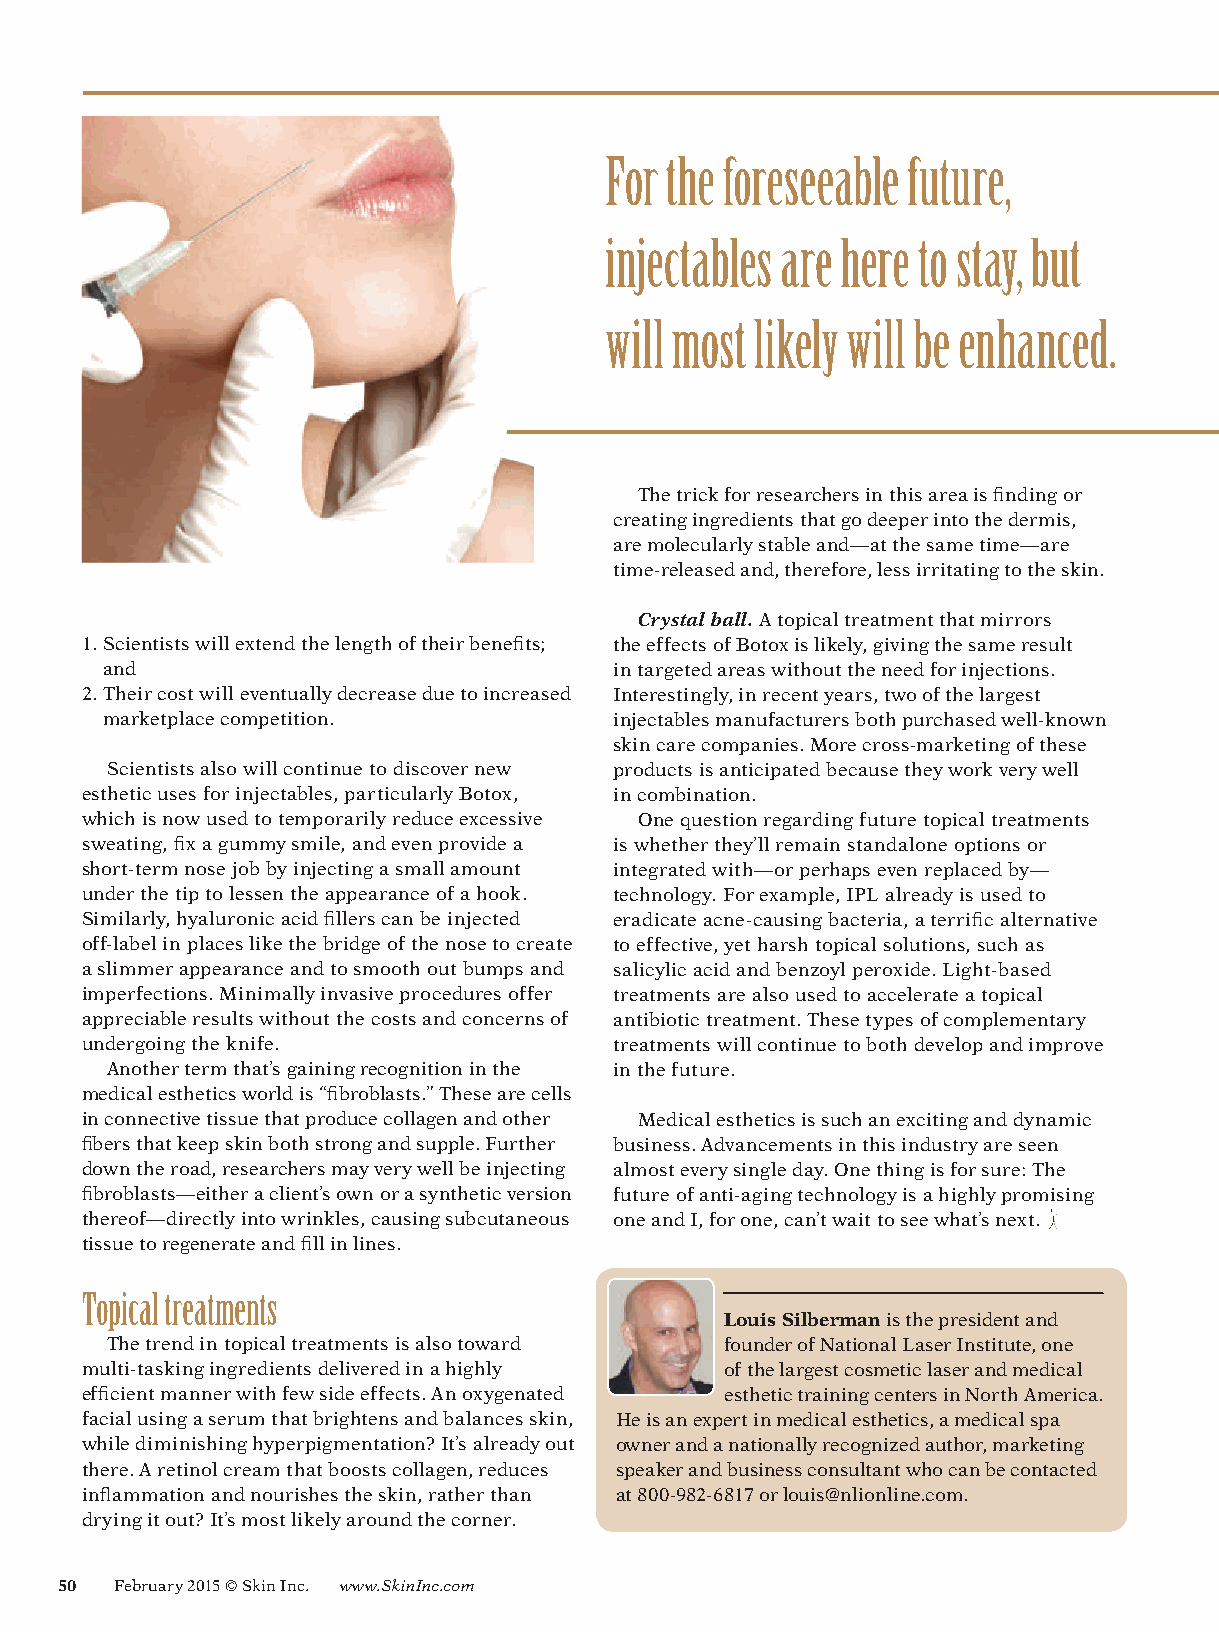
For the foreseeable future,
 injectables are here to stay, but
 will most likely will be enhanced.
 The trick for researchers in this area is finding or
 creating ingredients that go deeper into the dermis,
 are molecularly stable and—at the same time—are
 time-released and, therefore, less irritating to the skin.
 Crystal ball. A topical treatment that mirrors
 1.Scientists will extend the length of their benefits; the effects of Botox is likely, giving the same result
 and                               in targeted areas without the need for injections.
 2.Their cost will eventually decrease due to increased Interestingly, in recent years, two of the largest
 marketplace competition.          injectables manufacturers both purchased well-known
 skin care companies. More cross-marketing of these
 Scientists also will continue to discover new products is anticipated because they work very well
 esthetic uses for injectables, particularly Botox, in combination.
 which is now used to temporarily reduce excessive One question regarding future topical treatments
 sweating, fix a gummy smile, and even provide a is whether they’ll remain standalone options or
 short-term nose job by injecting a small amount integrated with—or perhaps even replaced by—
 under the tip to lessen the appearance of a hook. technology. For example, IPL already is used to
 Similarly, hyaluronic acid fillers can be injected eradicate acne-causing bacteria, a terrific alternative
 off-label in places like the bridge of the nose to create to effective, yet harsh topical solutions, such as
 a slimmer appearance and to smooth out bumps and salicylic acid and benzoyl peroxide. Light-based
 imperfections. Minimally invasive procedures offer treatments are also used to accelerate a topical
 appreciable results without the costs and concerns of antibiotic treatment. These types of complementary
 undergoing the knife.               treatments will continue to both develop and improve
 Another term that’s gaining recognition in the in the future.
 medical esthetics world is “fibroblasts.” These are cells
 in connective tissue that produce collagen and other Medical esthetics is such an exciting and dynamic
 fibers that keep skin both strong and supple. Further business. Advancements in this industry are seen
 down the road, researchers may very well be injecting almost every single day. One thing is for sure: The
 fibroblasts—either a client’s own or a synthetic version future of anti-aging technology is a highly promising
 thereof—directly into wrinkles, causing subcutaneous one and I, for one, can’t wait to see what’s next.
 tissue to regenerate and fill in lines.
 Topical treatments
 Louis Silberman is the president and
 The trend in topical treatments is also toward founder of National Laser Institute, one
 multi-tasking ingredients delivered in a highly of the largest cosmetic laser and medical
 efficient manner with few side effects. An oxygenated esthetic training centers in North America.
 facial using a serum that brightens and balances skin, He is an expert in medical esthetics, a medical spa
 while diminishing hyperpigmentation? It’s already out owner and a nationally recognized author, marketing
 there. A retinol cream that boosts collagen, reduces speaker and business consultant who can be contacted
 inflammation and nourishes the skin, rather than at 800-982-6817 or louis@nlionline.com.
 drying it out? It’s most likely around the corner.
 50 February 2015 © Skin Inc. www.SkinInc.com
 SI1502_Anti-aging_Siberman_fcx.indd 50                               1/9/15 9:35 AM